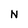
Character: N